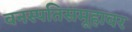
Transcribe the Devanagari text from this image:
वनस्पतिसमूहावर